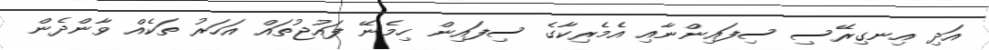
އަދި އިނގިރޭސި ސިފައިންނާއި އެމެރިކާގެ ސިފައިން ހިމެނޭ ފައުޖުތައް އަހަރު ތަކެއް ވާންދެން